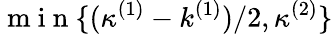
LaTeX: \mathrm{~m~i~n~}\{ (\kappa^{(1)}-k^{(1)})/2,\kappa^{(2)}\}